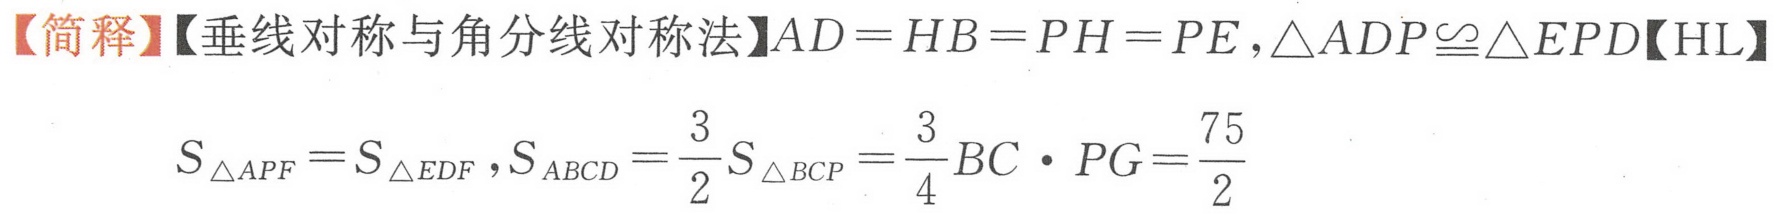
【简释】【垂线对称与角分线对称法】$AD = HB = PH = PE,\triangle ADP\cong\triangle EPD【HL】$
$S_{\triangle APF}=S_{\triangle EDF},S_{ABCD}=\frac{3}{2}S_{\triangle BCP}=\frac{3}{4}BC\cdot PG=\frac{75}{2}$